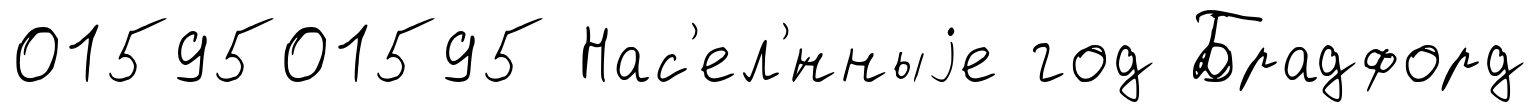
0159501595 Нас'ел'́нныjе год Брадфорд